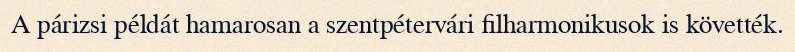
A párizsi példát hamarosan a szentpétervári filharmonikusok is követték.